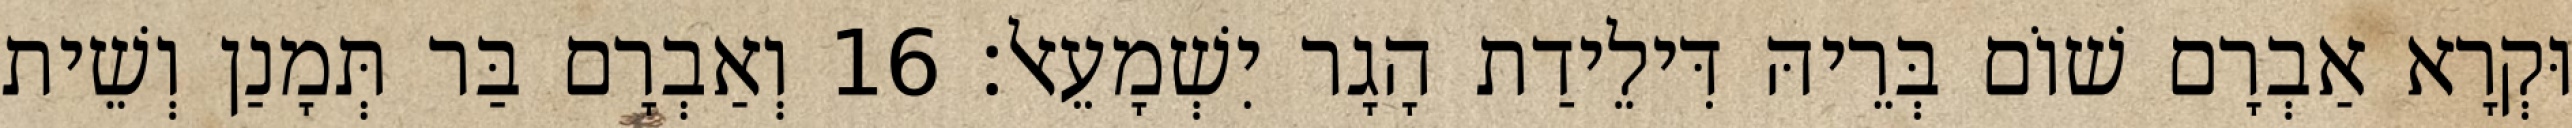
וּקְרָא אַבְרָם שׁוֹם בְּרֵיהּ דִּילֵידַת הָגָר יִשְׁמָעֵאל׃ 16 וְאַבְרָם בַּר תְּמָנַן וְשֵׁית